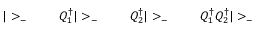
| > _ { - } \; \qquad Q _ { 1 } ^ { \dagger } | > _ { - } \; \qquad Q _ { 2 } ^ { \dagger } | > _ { - } \; \qquad Q _ { 1 } ^ { \dagger } Q _ { 2 } ^ { \dagger } | > _ { - }